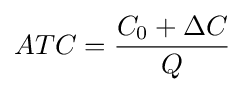
ATC={\frac {C_{0}+\Delta C}{Q}}